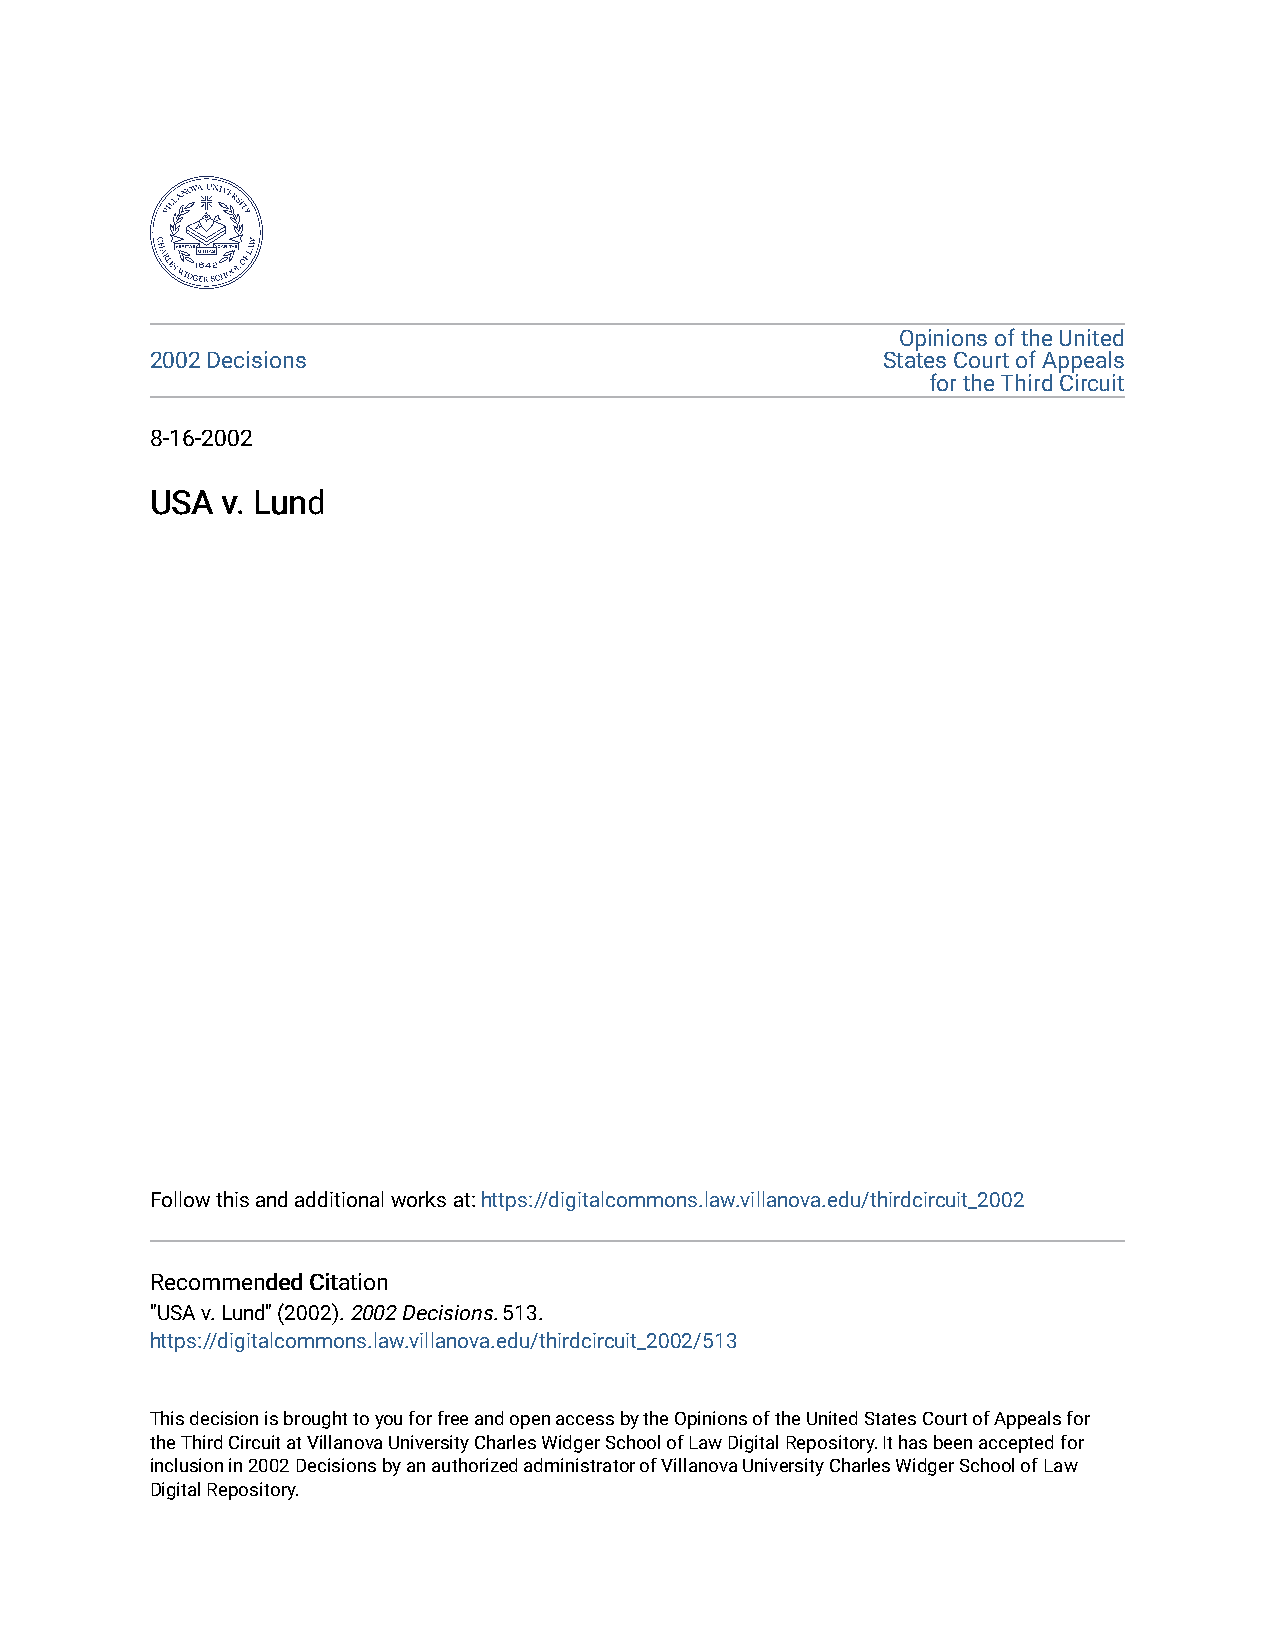
Opinions of the United
 2002 Decisions                                  States Court of Appeals
 for the Third Circuit
 8-16-2002
 UUSSAA vv.. LLuunndd
 Follow this and additional works at: https://digitalcommons.law.villanova.edu/thirdcircuit_2002
 RReeccoommmmeennddeedd CCiittaattiioonn
 "USA v. Lund" (2002). 2002 Decisions. 513.
 https://digitalcommons.law.villanova.edu/thirdcircuit_2002/513
 This decision is brought to you for free and open access by the Opinions of the United States Court of Appeals for
 the Third Circuit at Villanova University Charles Widger School of Law Digital Repository. It has been accepted for
 inclusion in 2002 Decisions by an authorized administrator of Villanova University Charles Widger School of Law
 Digital Repository.